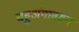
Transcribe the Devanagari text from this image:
चहुअंगावरून